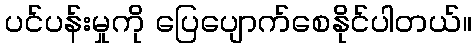
ပင်ပန်းမှုကို ပြေပျောက်စေနိုင်ပါတယ်။